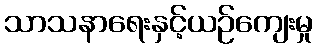
သာသနာရေးနှင့်ယဉ်ကျေးမှု